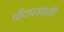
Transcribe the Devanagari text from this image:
पाँचपखाड़ी